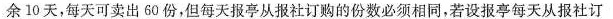
余10天，每天可卖出60份，但每天报亭从报社订购的份数必须相同，若设报亭每天从报社订